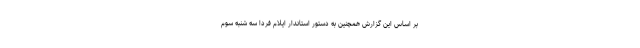
بر اساس این گزارش همچنین به دستور استاندار ایلام فردا سه شنبه سوم